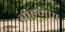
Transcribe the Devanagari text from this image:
बाह़मण